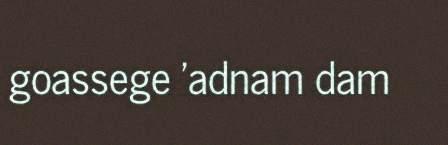
goassege 'adnam dam